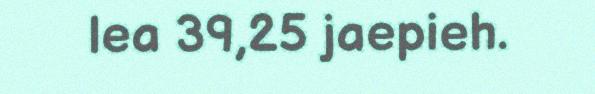
lea 39,25 jaepieh.